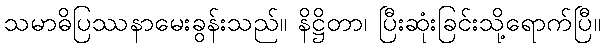
သမာဓိပြဿနာမေးခွန်းသည်။ နိဋ္ဌိတာ၊ ပြီးဆုံးခြင်းသို့ရောက်ပြီ။